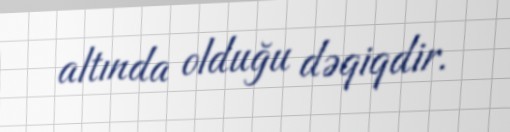
altında olduğu dəqiqdir.